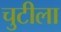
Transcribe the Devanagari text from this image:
चुटीला